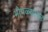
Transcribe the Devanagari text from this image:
भोपळ्यावर